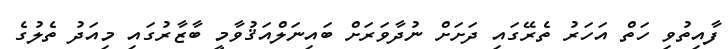
ފާއިތުވި ހަތް އަހަރު ތެރޭގައި ދަށަށް ނުދާވަރަށް ބައިނަލްއަޤުވާމީ ބާޒާރުގައި މިއަދު ތެލުގެ